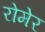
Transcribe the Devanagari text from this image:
रोमेर